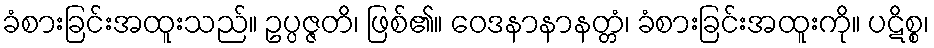
ခံစားခြင်းအထူးသည်။ ဥပ္ပဇ္ဇတိ၊ ဖြစ်၏။ ဝေဒနာနာနတ္တံ၊ ခံစားခြင်းအထူးကို။ ပဋိစ္စ၊